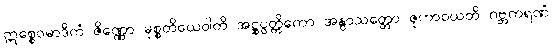
ဣစ္စေဝမာဒိကံ ဇိဏ္ဏော မုစ္စတိယေဝါတိ အဋ္ဌုပ္ပတ္တိကော အနွာသတ္တော ဇုဟာဝယတိ ဂဗ္ဘကရဏံ